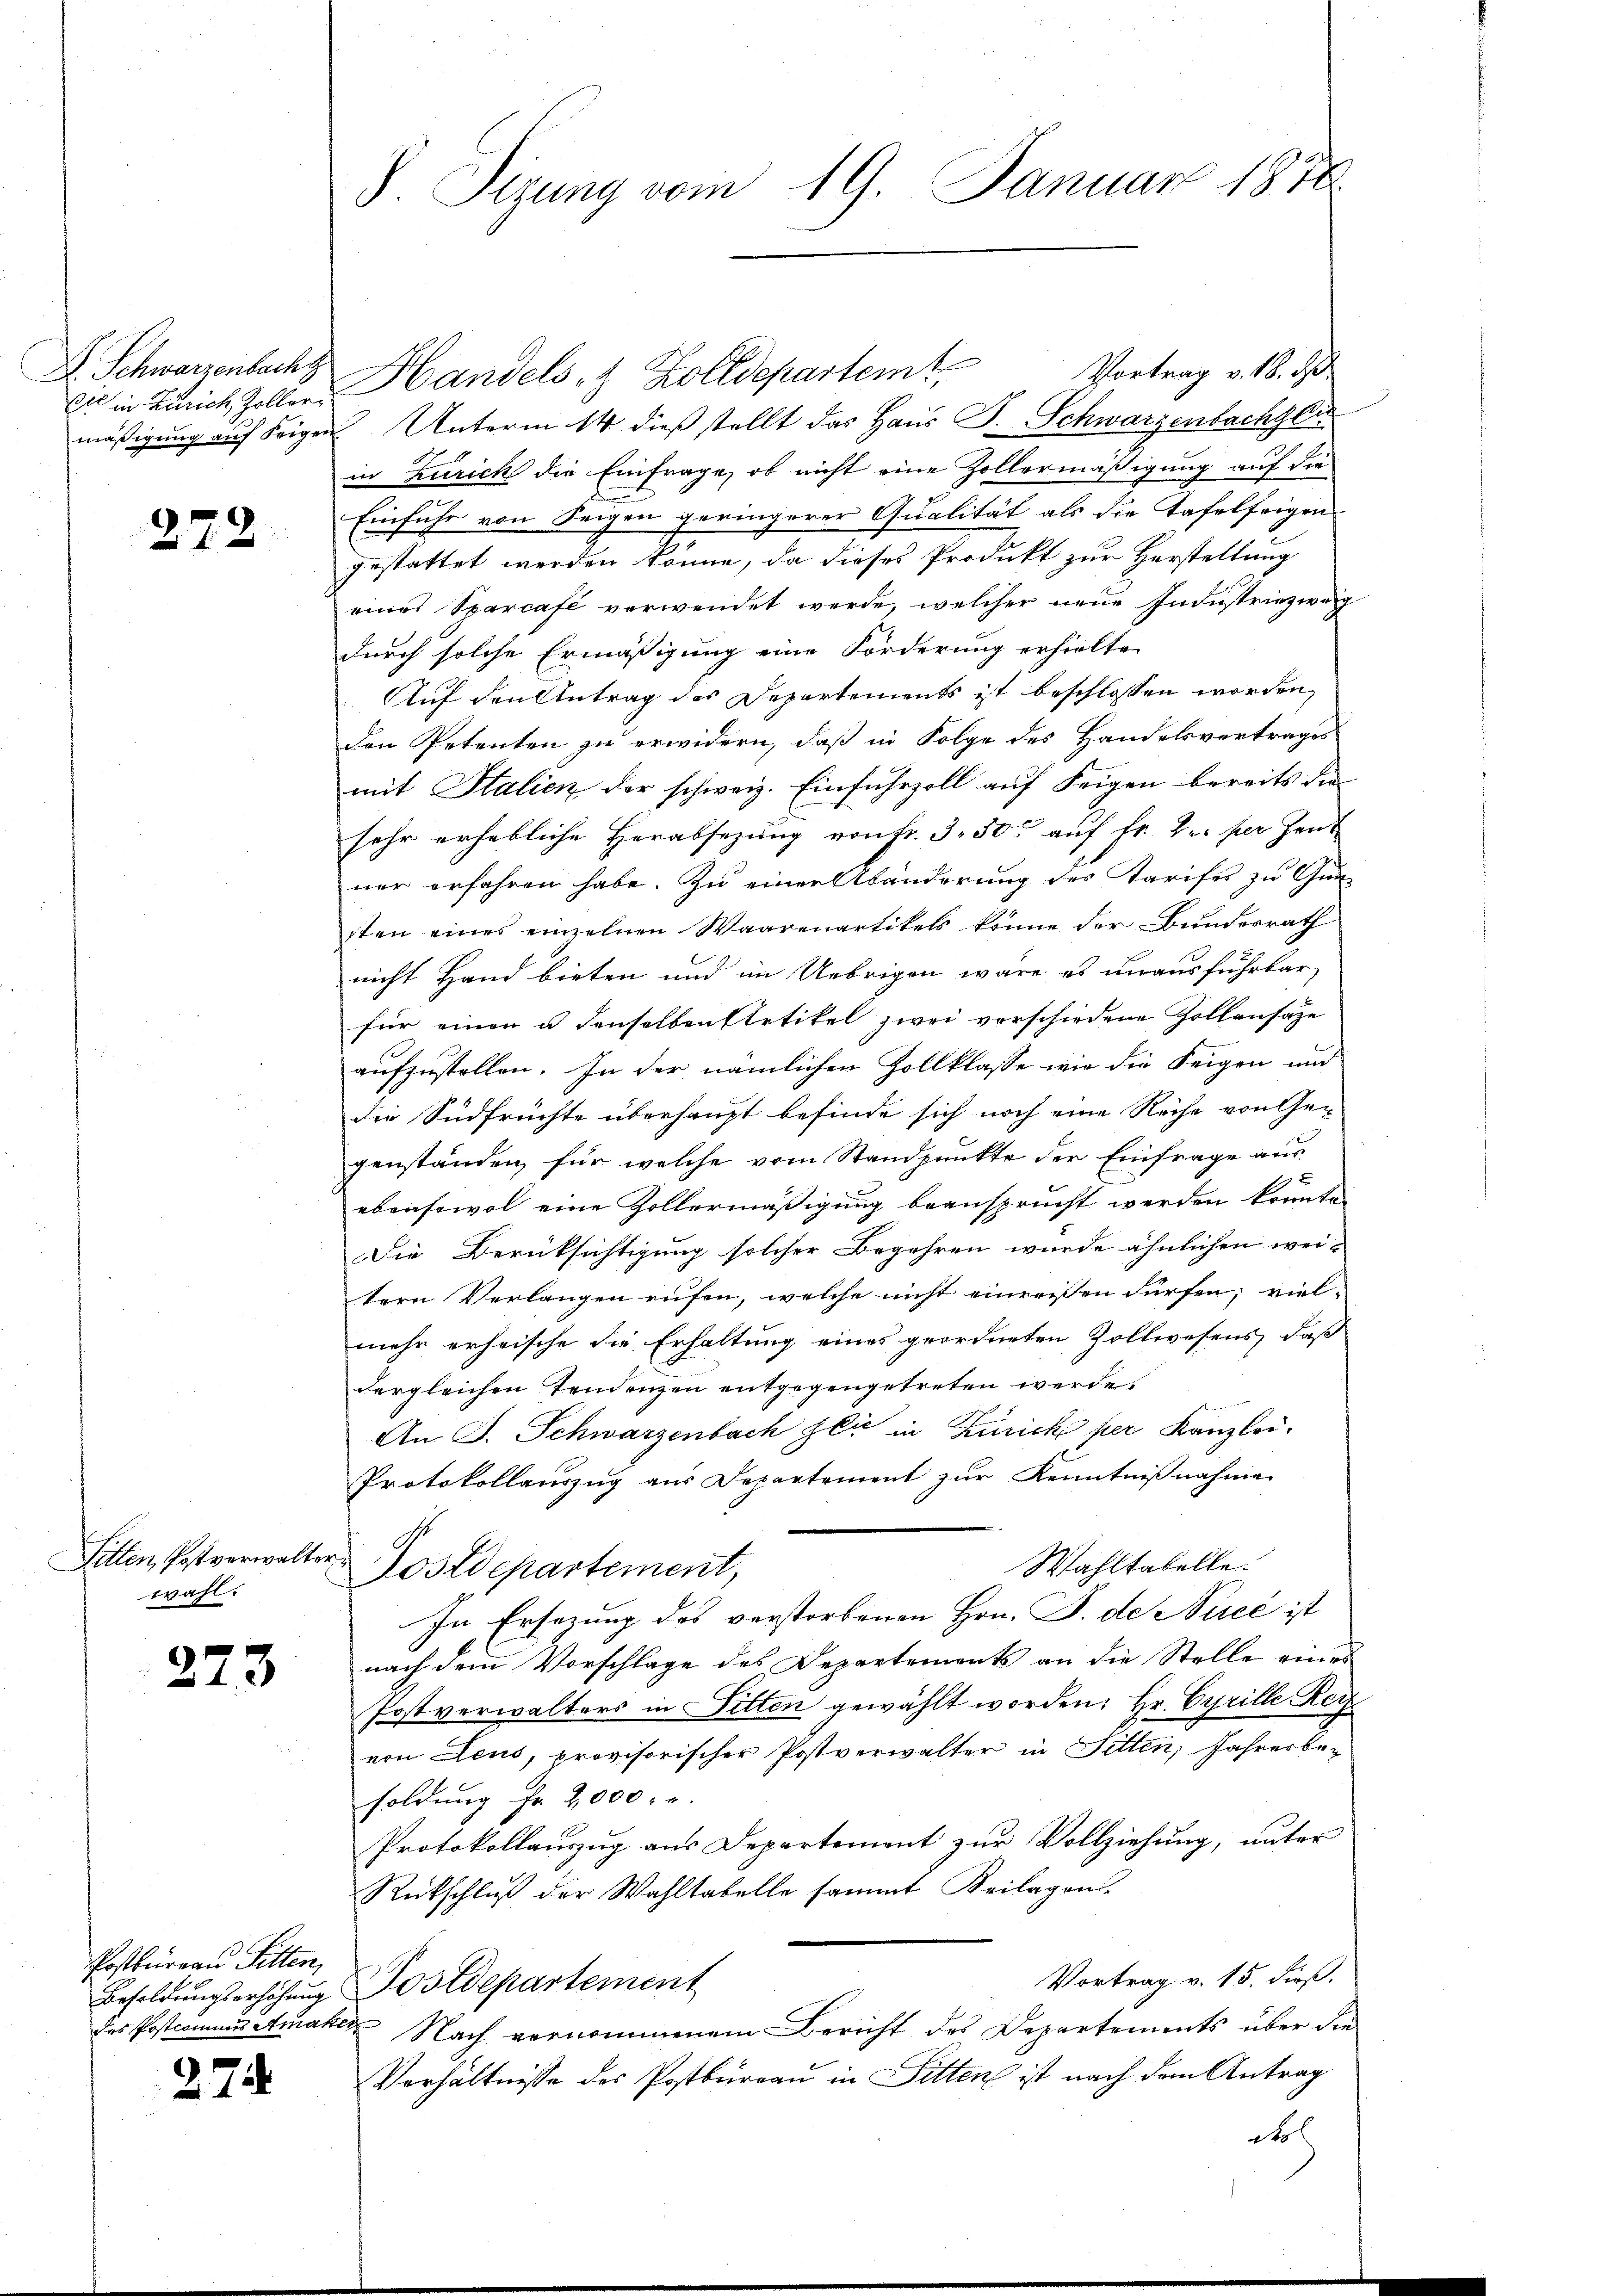
D. Schwarzenbach z

272.

Sitten, Postverwalter
wahl.

223

Postbureau Sitten,
des Postcomunes Amaker

274

S. Tizung vom 19. Januar 1870

ze in Zürich Zollen, Handels- & Zolldepartem Vortrag v. 18. ds
mäßigung auf Frigen Unterm 14. dieß stellt das Haus S. Schwarzenbachger
in Zürich die Einfrage, ob nicht eine Zollermäßigung auf die
Einfuhr von Feigen geringerer Qualität als die Tafelfrigen
gestattet werden könne, da dieses Produkt zur Herstellung
eines Sparcafé verwendet werde, welcher neue Industriezweig
durch solche Ermäßigung eine Forderung erhielten
Auf den Antrag des Departements ist beschlossen worden,
den Petenten zu erwidern, daß in Folge des Handelsvertrages
mit Italien der schweiz. Einfuhrzoll auf Feigen bereits die
sehr erhebliche Herabsezung von Fr. 3 50 auf Fr. Kr. per Zent
ner erfahren habe. Zu einer Abänderung des Tarifes zu Gun-
sten eines einzelnen Waarenartikels könne der Bundesrath
nicht Hand bieten und im Uebrigen wäre es unausführbar
für einen u denselben Artikel zwei vorschiedene Zollensaze
aufzustellen. In der nämlichen Zollklasse wir die Feigen und
die Südfrüchte überhaupt befinde sich noch eine Reihe von Gegenständen, für welche vom Standpunkte der Einfrage aus
ebensowol eine Zollermäßigung beansprucht werden könnte
Die Berücksichtigung solcher Begehren wurde ähnlichen wei-
tern Verlangen rufen, welche nicht einreissen dürfen; viel-
mehr erheische die Erhaltung eines geordneten Zollwesens, daß
dergleichen Tendenzen entgegengetreten werde.
An J. Schwarzenbach zu in Zürich per Kanzlei.
Protokollauszug aus Departement zur Kenntnißnahme
Wahltabelle.
Postdepartement,
In Ersezung des verstorbenen Hrn. P. de Nuce ist
nach dem Vorschlage des Departements an die Stelle eines
Postverwalters in Sitten gewählt worden: Hr. Cyrille Reiz
von Leus, provisorischer Postverwalter in Sitten, Jahresbe-
soldung Fr. 2,000.
Protokollauszug aus Departement zur Vollziehung, unter
Rückschlŭβ der Wahltabelle sammt Beilagen.
Vortrag v. 15. dieß.
Besoldungserhöhung Postdepartement
Nach vernommenem Bericht des Departements über die
Verhältnisse des Postburgau in Sitten ist nach dem Antrag
ol